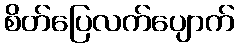
စိတ်ပြေလက်ပျောက်